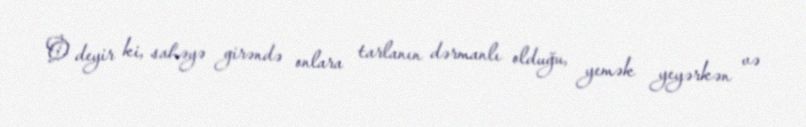
O deyir ki, sahəyə girəndə onlara tarlanın dərmanlı olduğu, yemək yeyərkən və